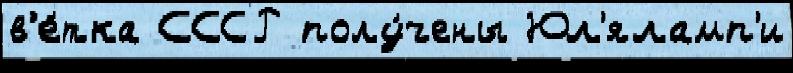
в'е́тка СССР полу́чены Юл'яламп'и